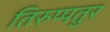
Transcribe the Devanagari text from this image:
तिरुप्पतुर